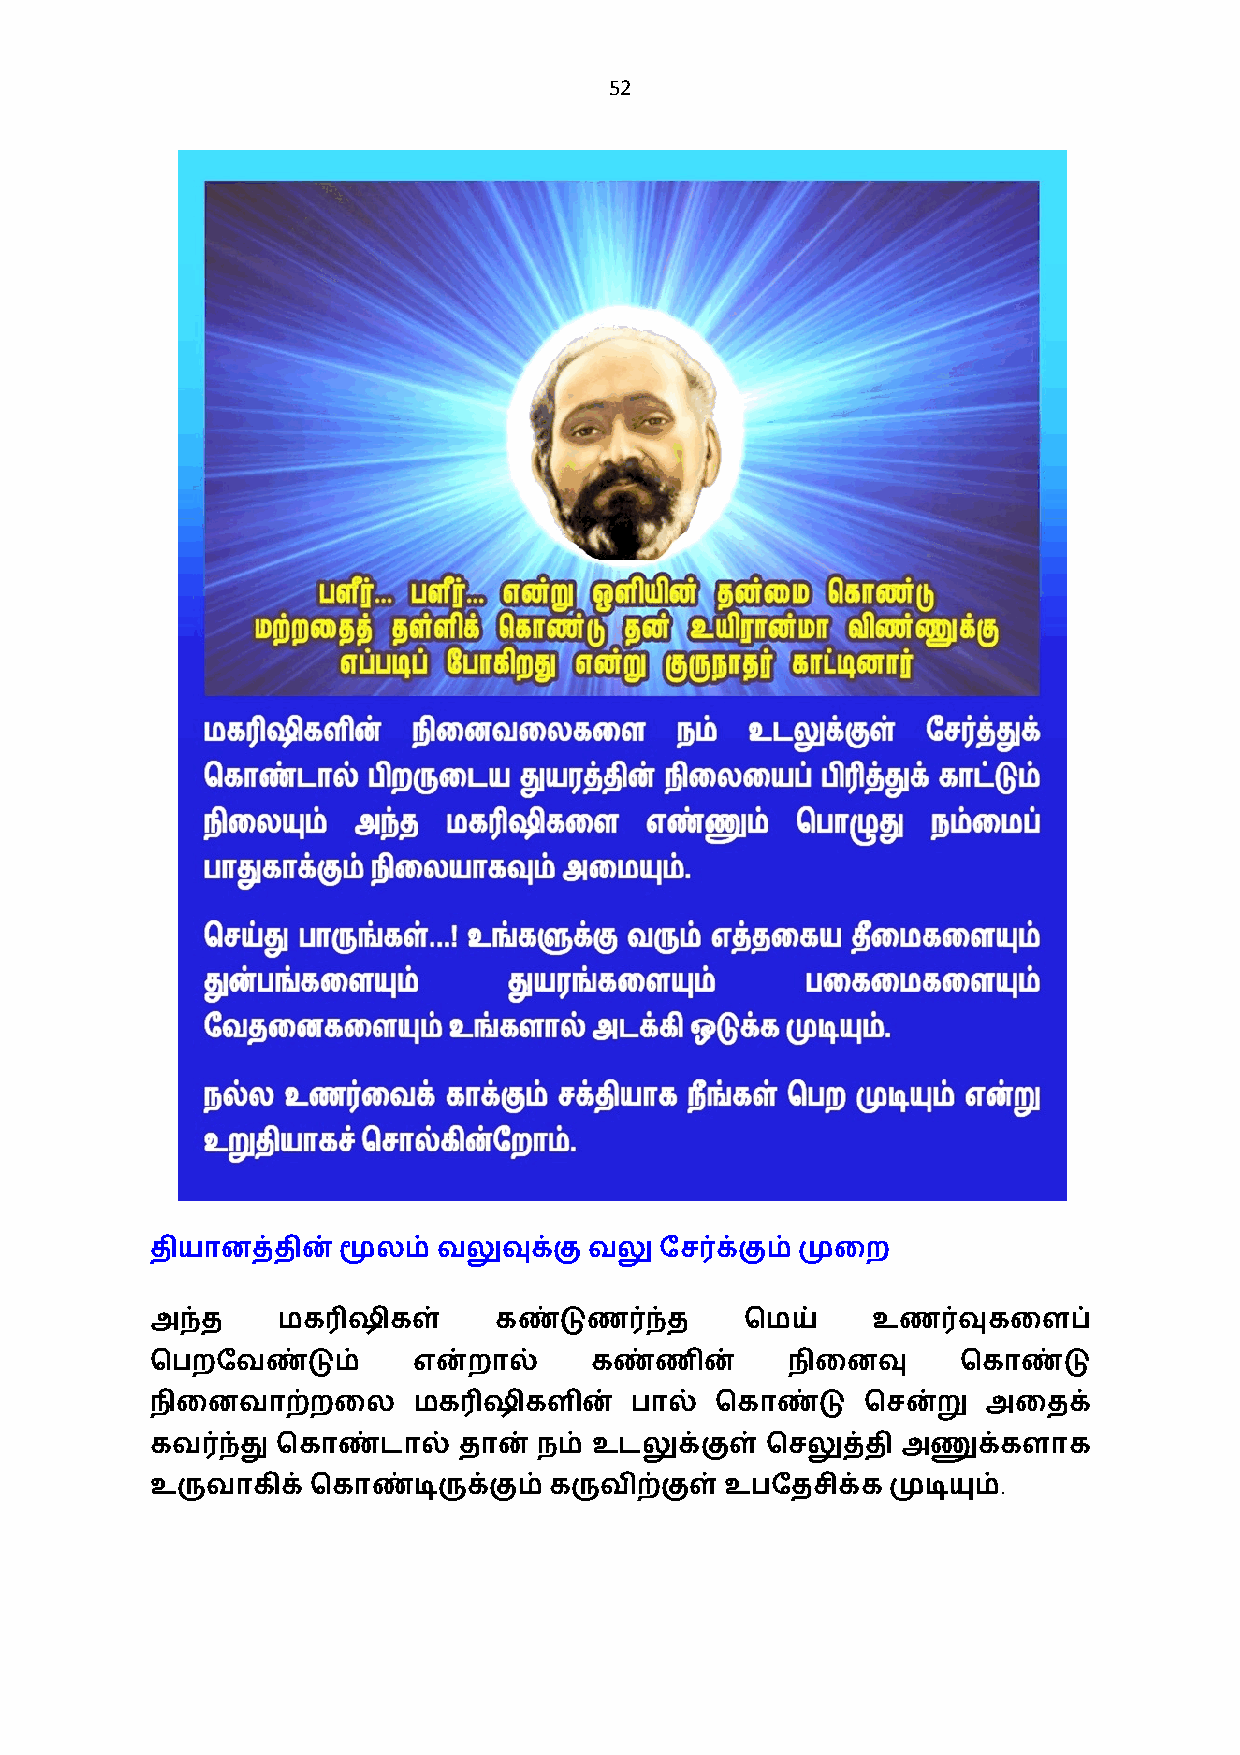
52
 தியானத்தின்மூலம்   வலுவுக்குவலு   ேச0க்கும் முைற
 அந்த    மக3ஷிகள்       கண்டுண0ந்த      ெமய்     உண0வுகைளப்
 ெபறேவண்டும்      என்றால்     கண்ணின்      நிைனவு      ெகாண்டு
 நிைனவாற்றைல      மக3ஷிகளின்     பால் ெகாண்டு   ெசன்று  அைதக்
 கவ0ந்து ெகாண்டால்   தான்  நம் உடலுக்குள் ெசலுத்தி அணுக்களாக
 .
 உருவாகிக் ெகாண்டிருக்கும் கருவிற்குள்உபேதசிக்கமுடியும்